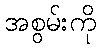
အစွမ်းကို